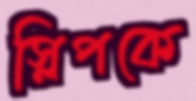
স্লিপকে